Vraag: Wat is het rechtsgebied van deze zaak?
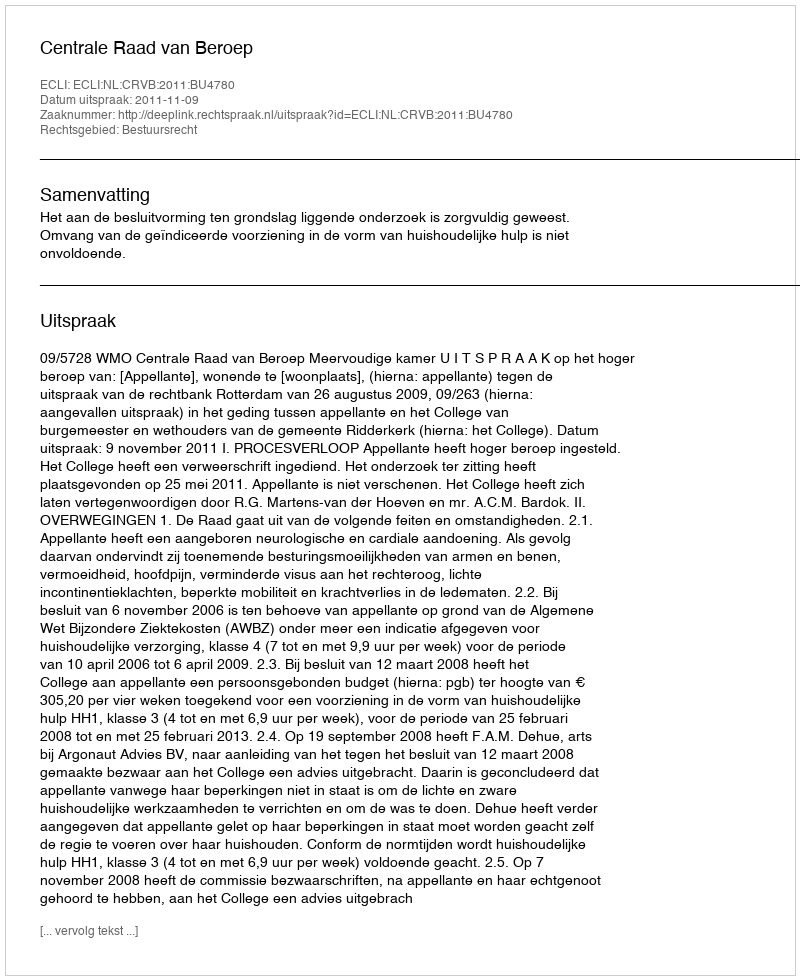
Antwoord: Bestuursrecht